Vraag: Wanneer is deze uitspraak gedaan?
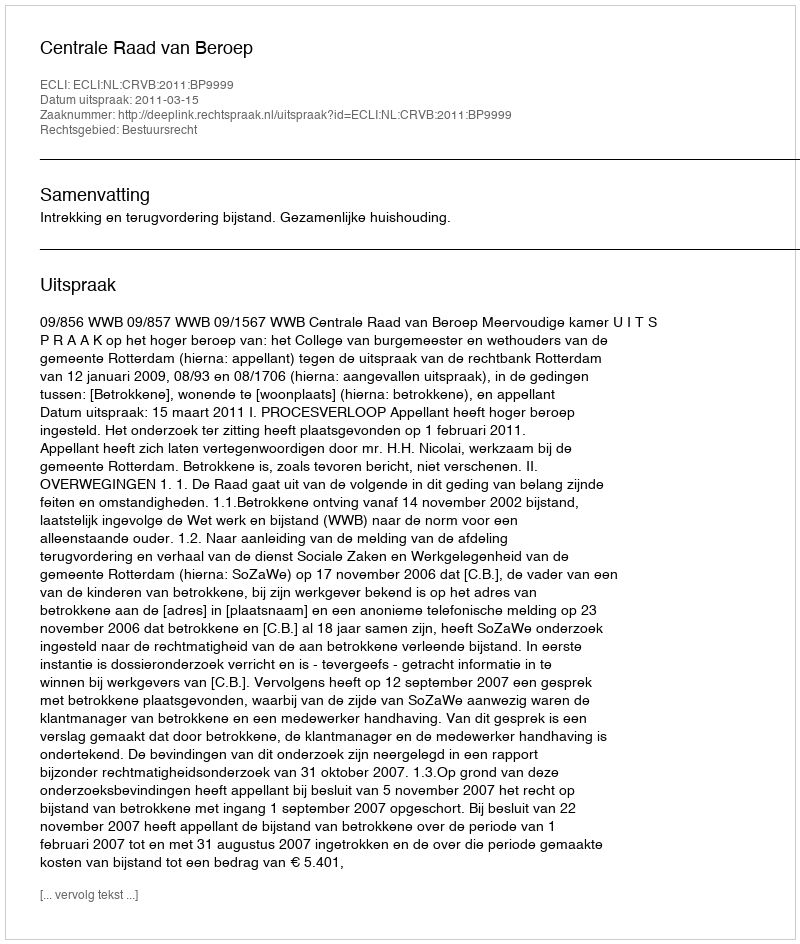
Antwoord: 2011-03-15